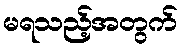
မရသည့်အတွက်